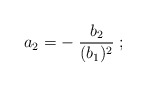
\begin{align*}a_2 = -\; {b_2 \over (b_1)^2}\;;\end{align*}